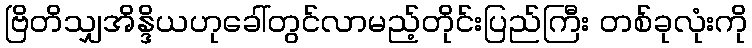
ဗြိတိသျှအိန္ဒိယဟုခေါ်တွင်လာမည့်တိုင်းပြည်ကြီး တစ်ခုလုံးကို